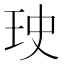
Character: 𤤭